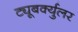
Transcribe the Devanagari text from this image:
ट्यूबर्क्युलर